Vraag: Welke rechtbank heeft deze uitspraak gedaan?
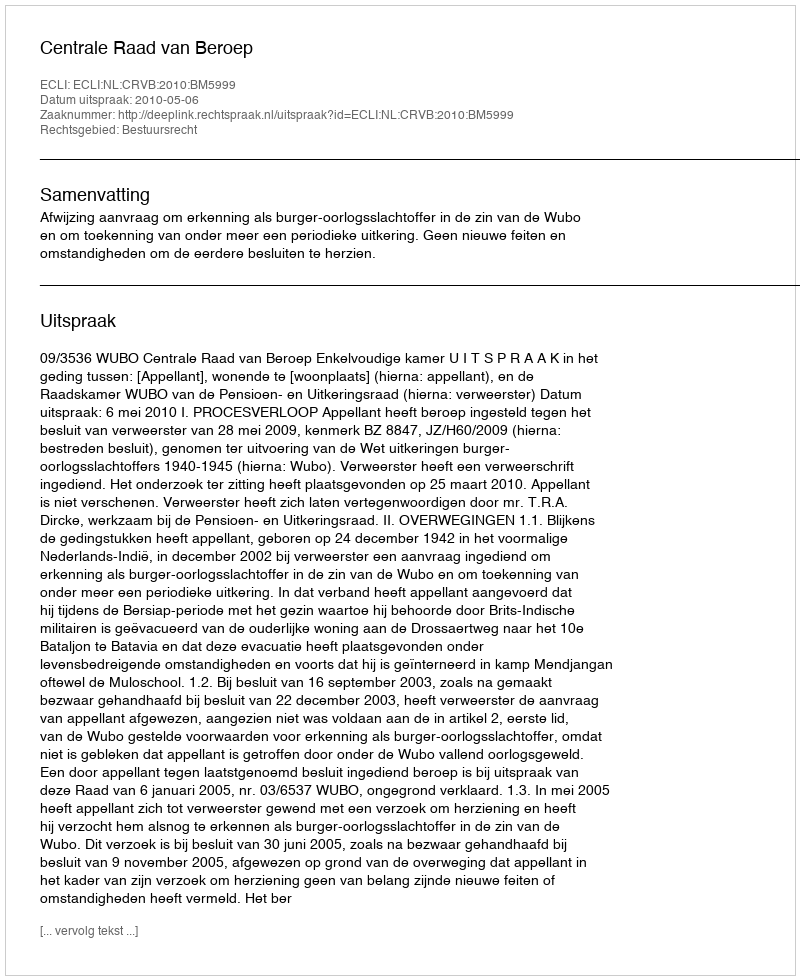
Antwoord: Centrale Raad van Beroep